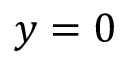
y = 0